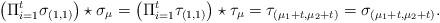
LaTeX: \begin{align*}\left(\Pi_{i=1}^t \sigma_{(1,1)}\right)\star \sigma_\mu=\left(\Pi_{i=1}^t \tau_{(1,1)}\right) \star \tau_\mu=\tau_{(\mu_1+t,\mu_2+t)}=\sigma_{(\mu_1+t,\mu_2+t)}.\end{align*}